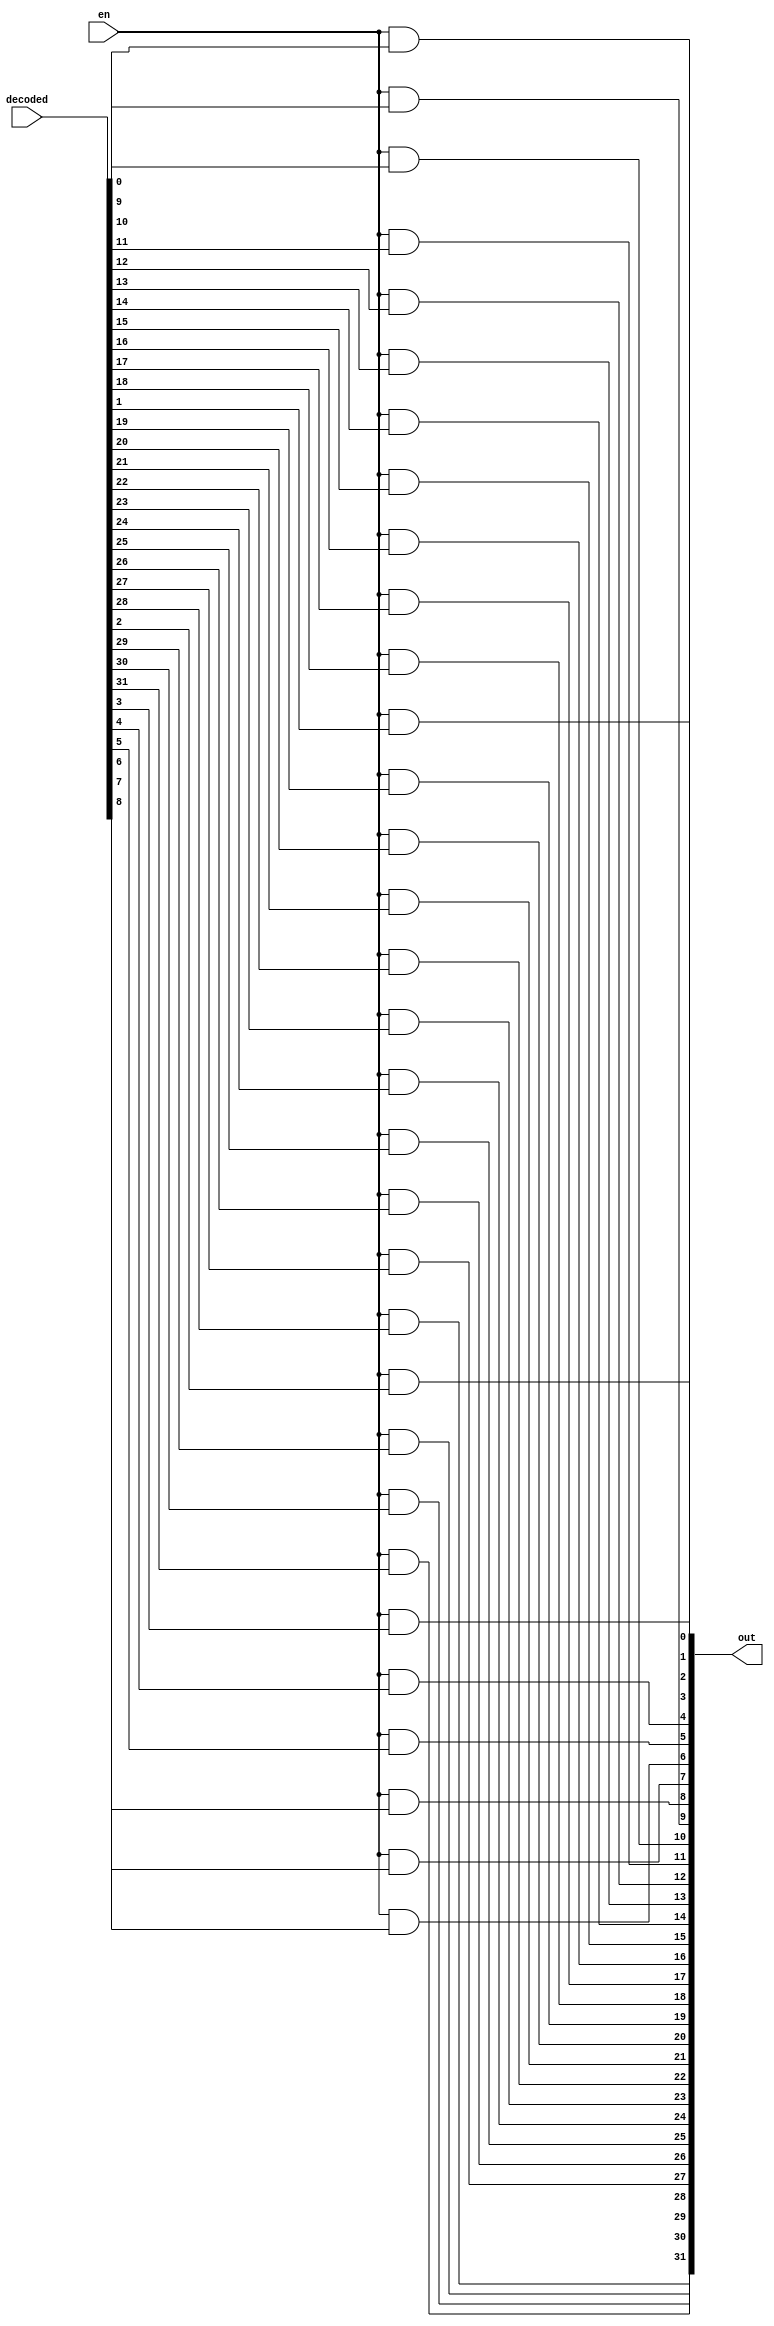
module testMode(en, decoded, out);

	// Different from decodeANDwe, since this write to all 32 registers
	
	input en;
	input [31:0] decoded;
	output [31:0] out;
	
	genvar c;
	generate
		for(c=0; c<32; c = c+1) begin: loop1
			and 	and_gate(out[c], en, decoded[c]);
		end
	endgenerate
	
endmodule